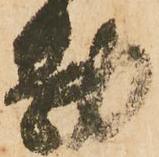
勘